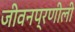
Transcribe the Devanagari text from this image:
जीवनप्रणीली